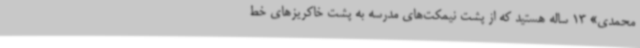
محمدی» 13 ساله هستید که از پشت نیمکت‌های مدرسه به پشت خاکریزهای خط